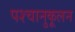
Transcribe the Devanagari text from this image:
पश्चानुकूलन